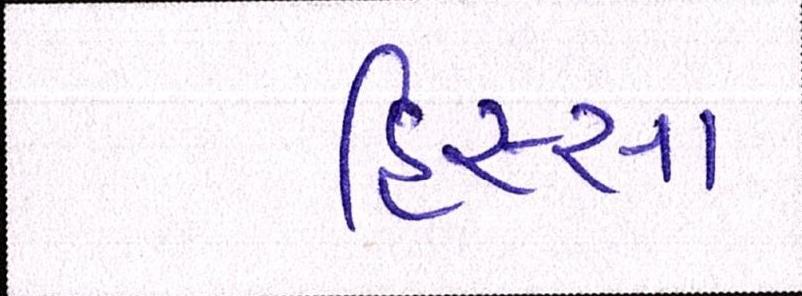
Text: હિસ્સા